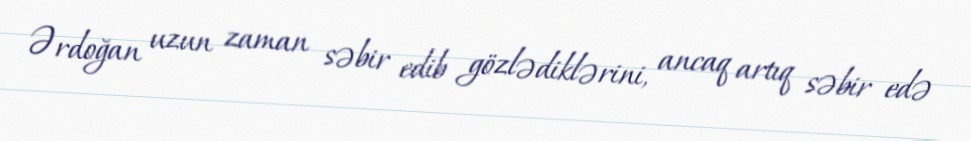
Ərdoğan uzun zaman səbir edib gözlədiklərini, ancaq artıq səbir edə